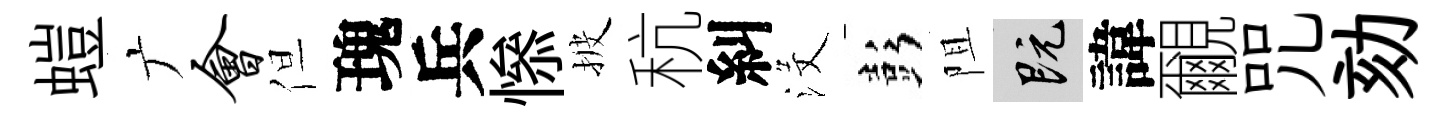
螘广会但瑰兵𢡖披秔糾沒彭阻既諱覼咒劾